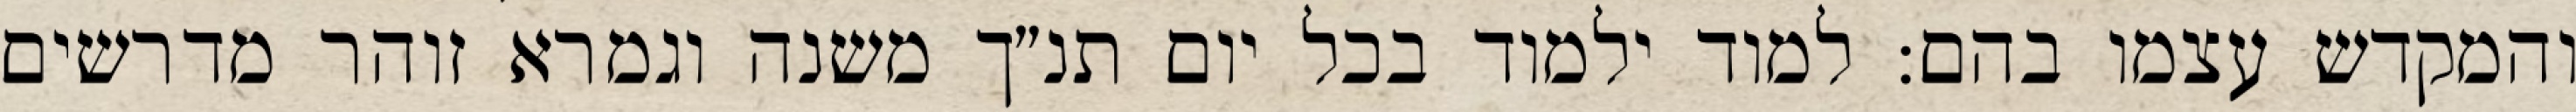
והמקדש עצמו בהם: למוד ילמוד בכל יום תנ״ך משנה וגמרא זוהר מדרשים